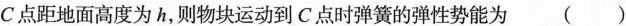
C点距地面高度为h，则物块运动到C点时弹簧的弹性势能为 ()